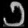
Digit: ၁